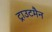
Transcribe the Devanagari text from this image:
ट्राउटमैन